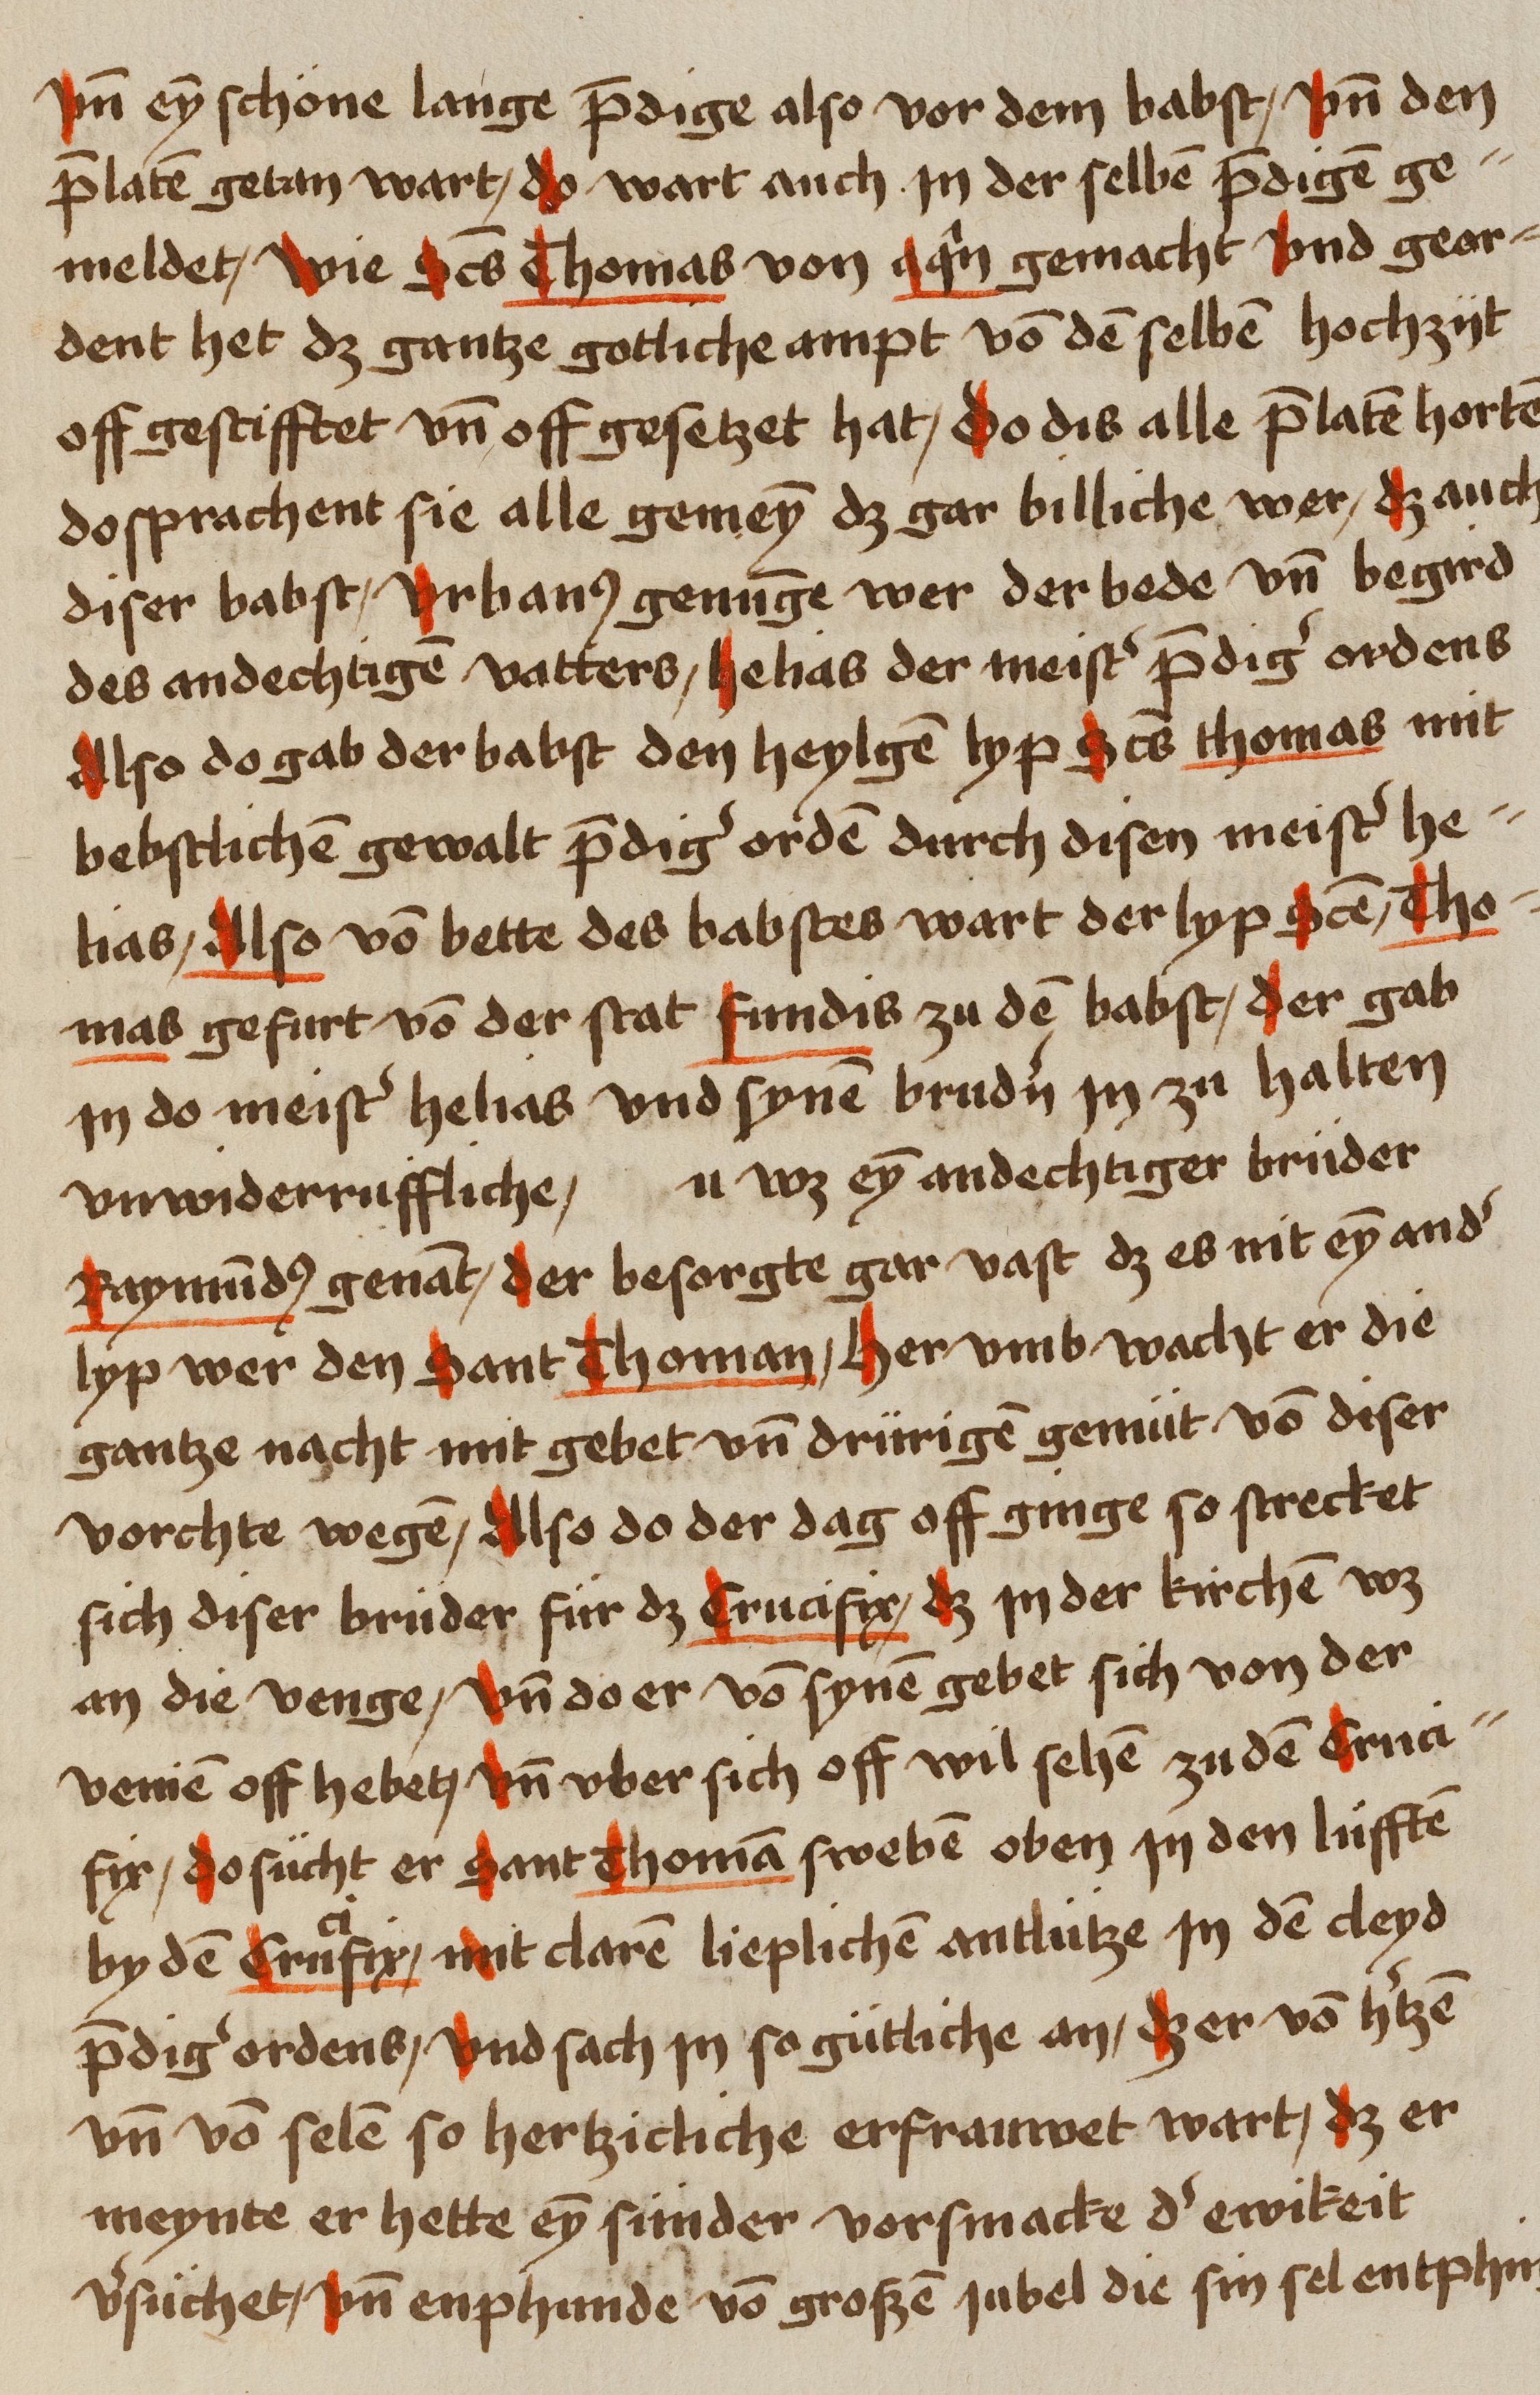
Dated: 1459–1489